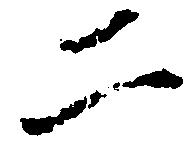
二